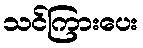
သင်ကြားပေး